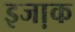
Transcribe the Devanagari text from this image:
इजा़क